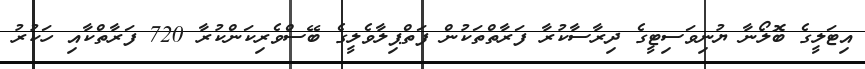
އިޓަލީގެ ބޮލޯނާ ޔުނިވަސިޓީގެ ދިރާސާކުރާ ފަރާތްތަކުން ފަތްޕިލާވެލީގެ ބޭސްވެރިކަންކުރާ 720 ފަރާތްކާއި ހަކުރު